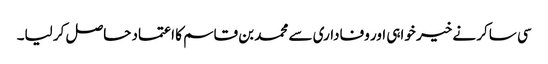
سی ساکر نے خیر خواہی اور وفاداری سے محمد بن قاسم کا اعتماد حاصل کر لیا۔